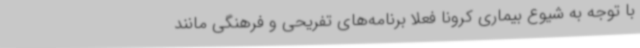
با توجه به شیوع بیماری کرونا فعلا برنامه‌های تفریحی و فرهنگی مانند